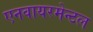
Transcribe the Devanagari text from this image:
एनवायरमेन्टल